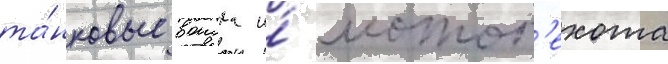
та́нковые воиска и́ мотоп'ехота